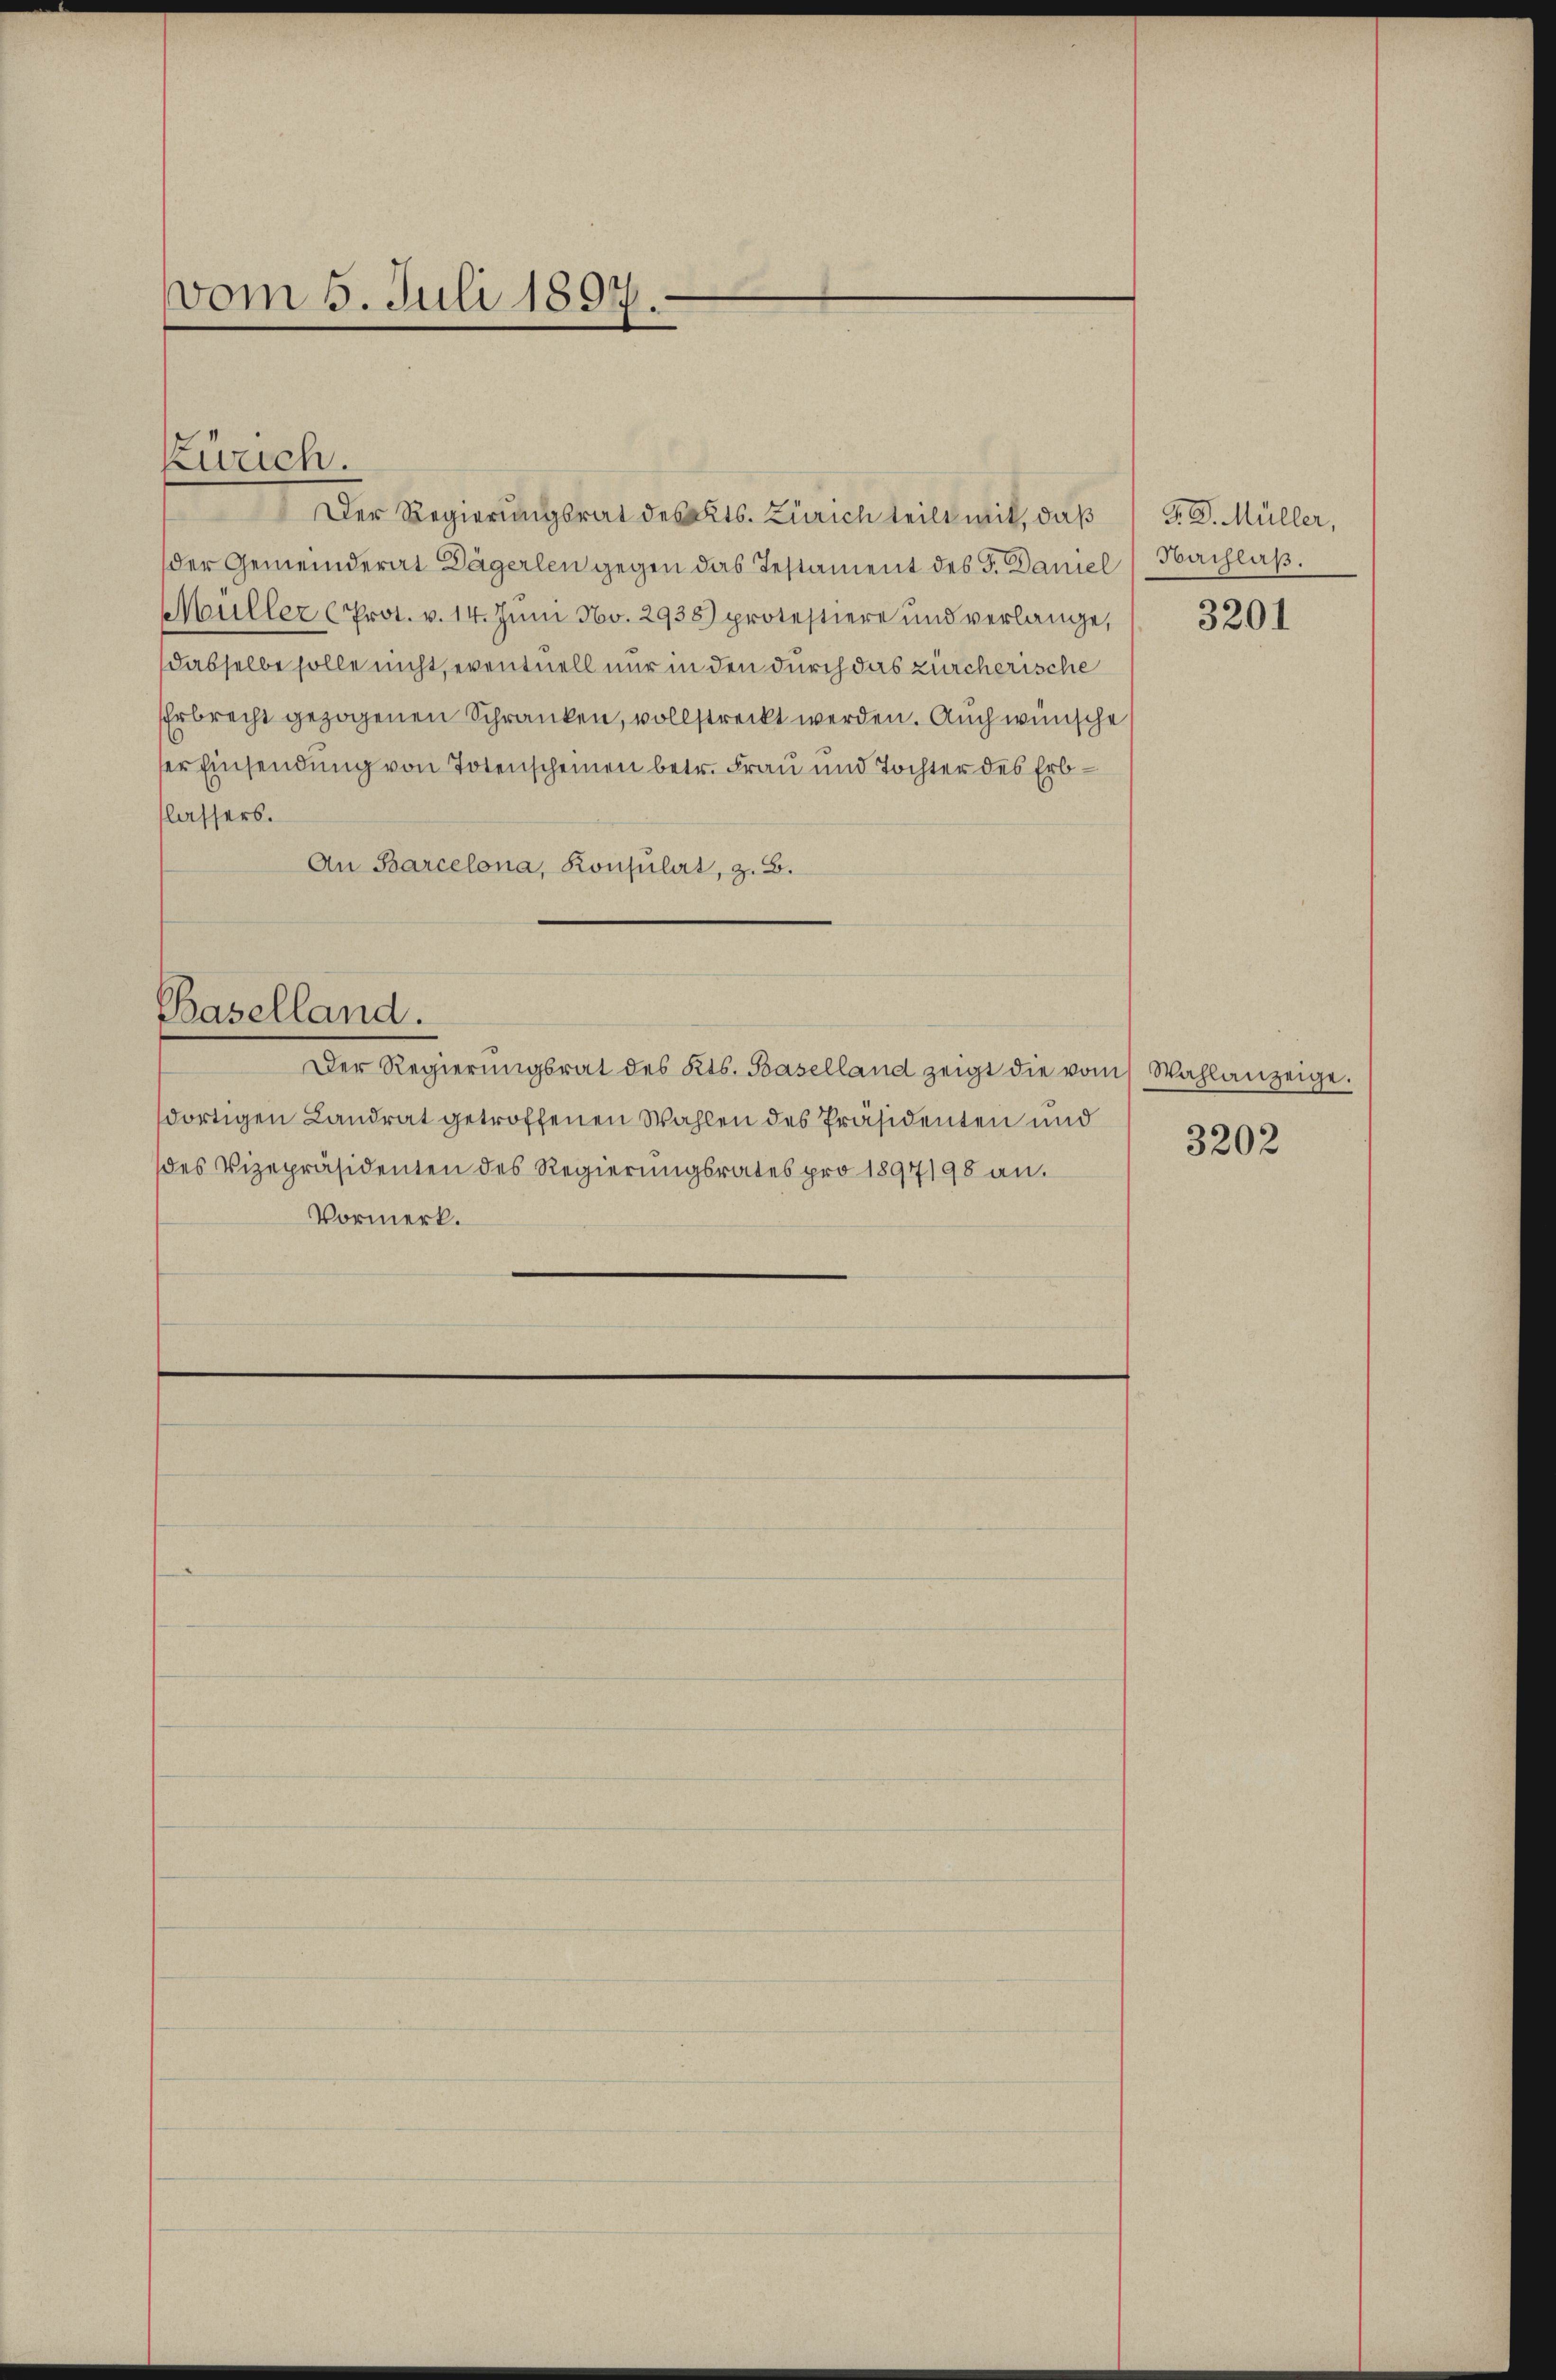
vom 5. Juli 1897.

Zürich.

Der Regierungsrat des Kts. Zürich teilt will, daß
der Gemeinderat Dägerlen gegen das Testament des F. Daniel Nachlaß.
Mauller (Prot. v. 14. Jŭni No. 2938) protestiere und verlange,
dasselbe solle nicht, eventuell nur in den durch das zürcherische
Erbrecht gezogenen Schranken, vollstreckt werden. Auch wünsche
ser Einsendung von Totenscheinen betr. Frau und Tochter des Erblassers.
An Barcelona, Konsulat, z. B.

Der Regierŭngsrat des Kts. Baselland zeigt die vom Wahlanzeige.
dortigen Landrat getroffenen Wahlen des Präsidenten und
des Vizepräsidenten des Regierungsrates pro 1897198 an.
Vormerk.

Baselland.

P. D. Müller,
3201

3202